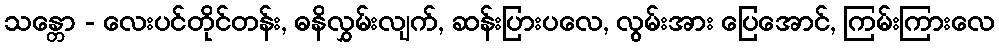
သန္တော - လေးပင်တိုင်တန်း, ဓနိလွှမ်းလျက်, ဆန်းပြားပလေ, လွမ်းအား ပြေအောင်, ကြမ်းကြားလေ